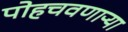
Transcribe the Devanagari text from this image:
पोहचवणाऱ्या